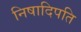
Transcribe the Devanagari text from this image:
निषादिपति